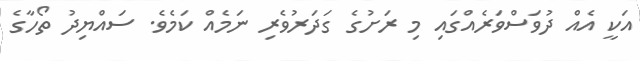
އަކީ އެއް ދުވަސްވަރެއްގައި މި ރަށުގެ ގަދަރުވެރި ނަމެއް ކަމެވެ. ސައްޔިދު ތޯހާގެ